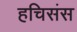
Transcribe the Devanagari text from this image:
हचिसंस